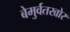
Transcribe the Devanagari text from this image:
बेमुर्वतखोर